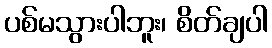
ပစ်မသွားပါဘူး၊ စိတ်ချပါ